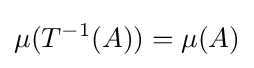
\mu (T^{-1}(A))=\mu (A)